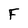
Character: F